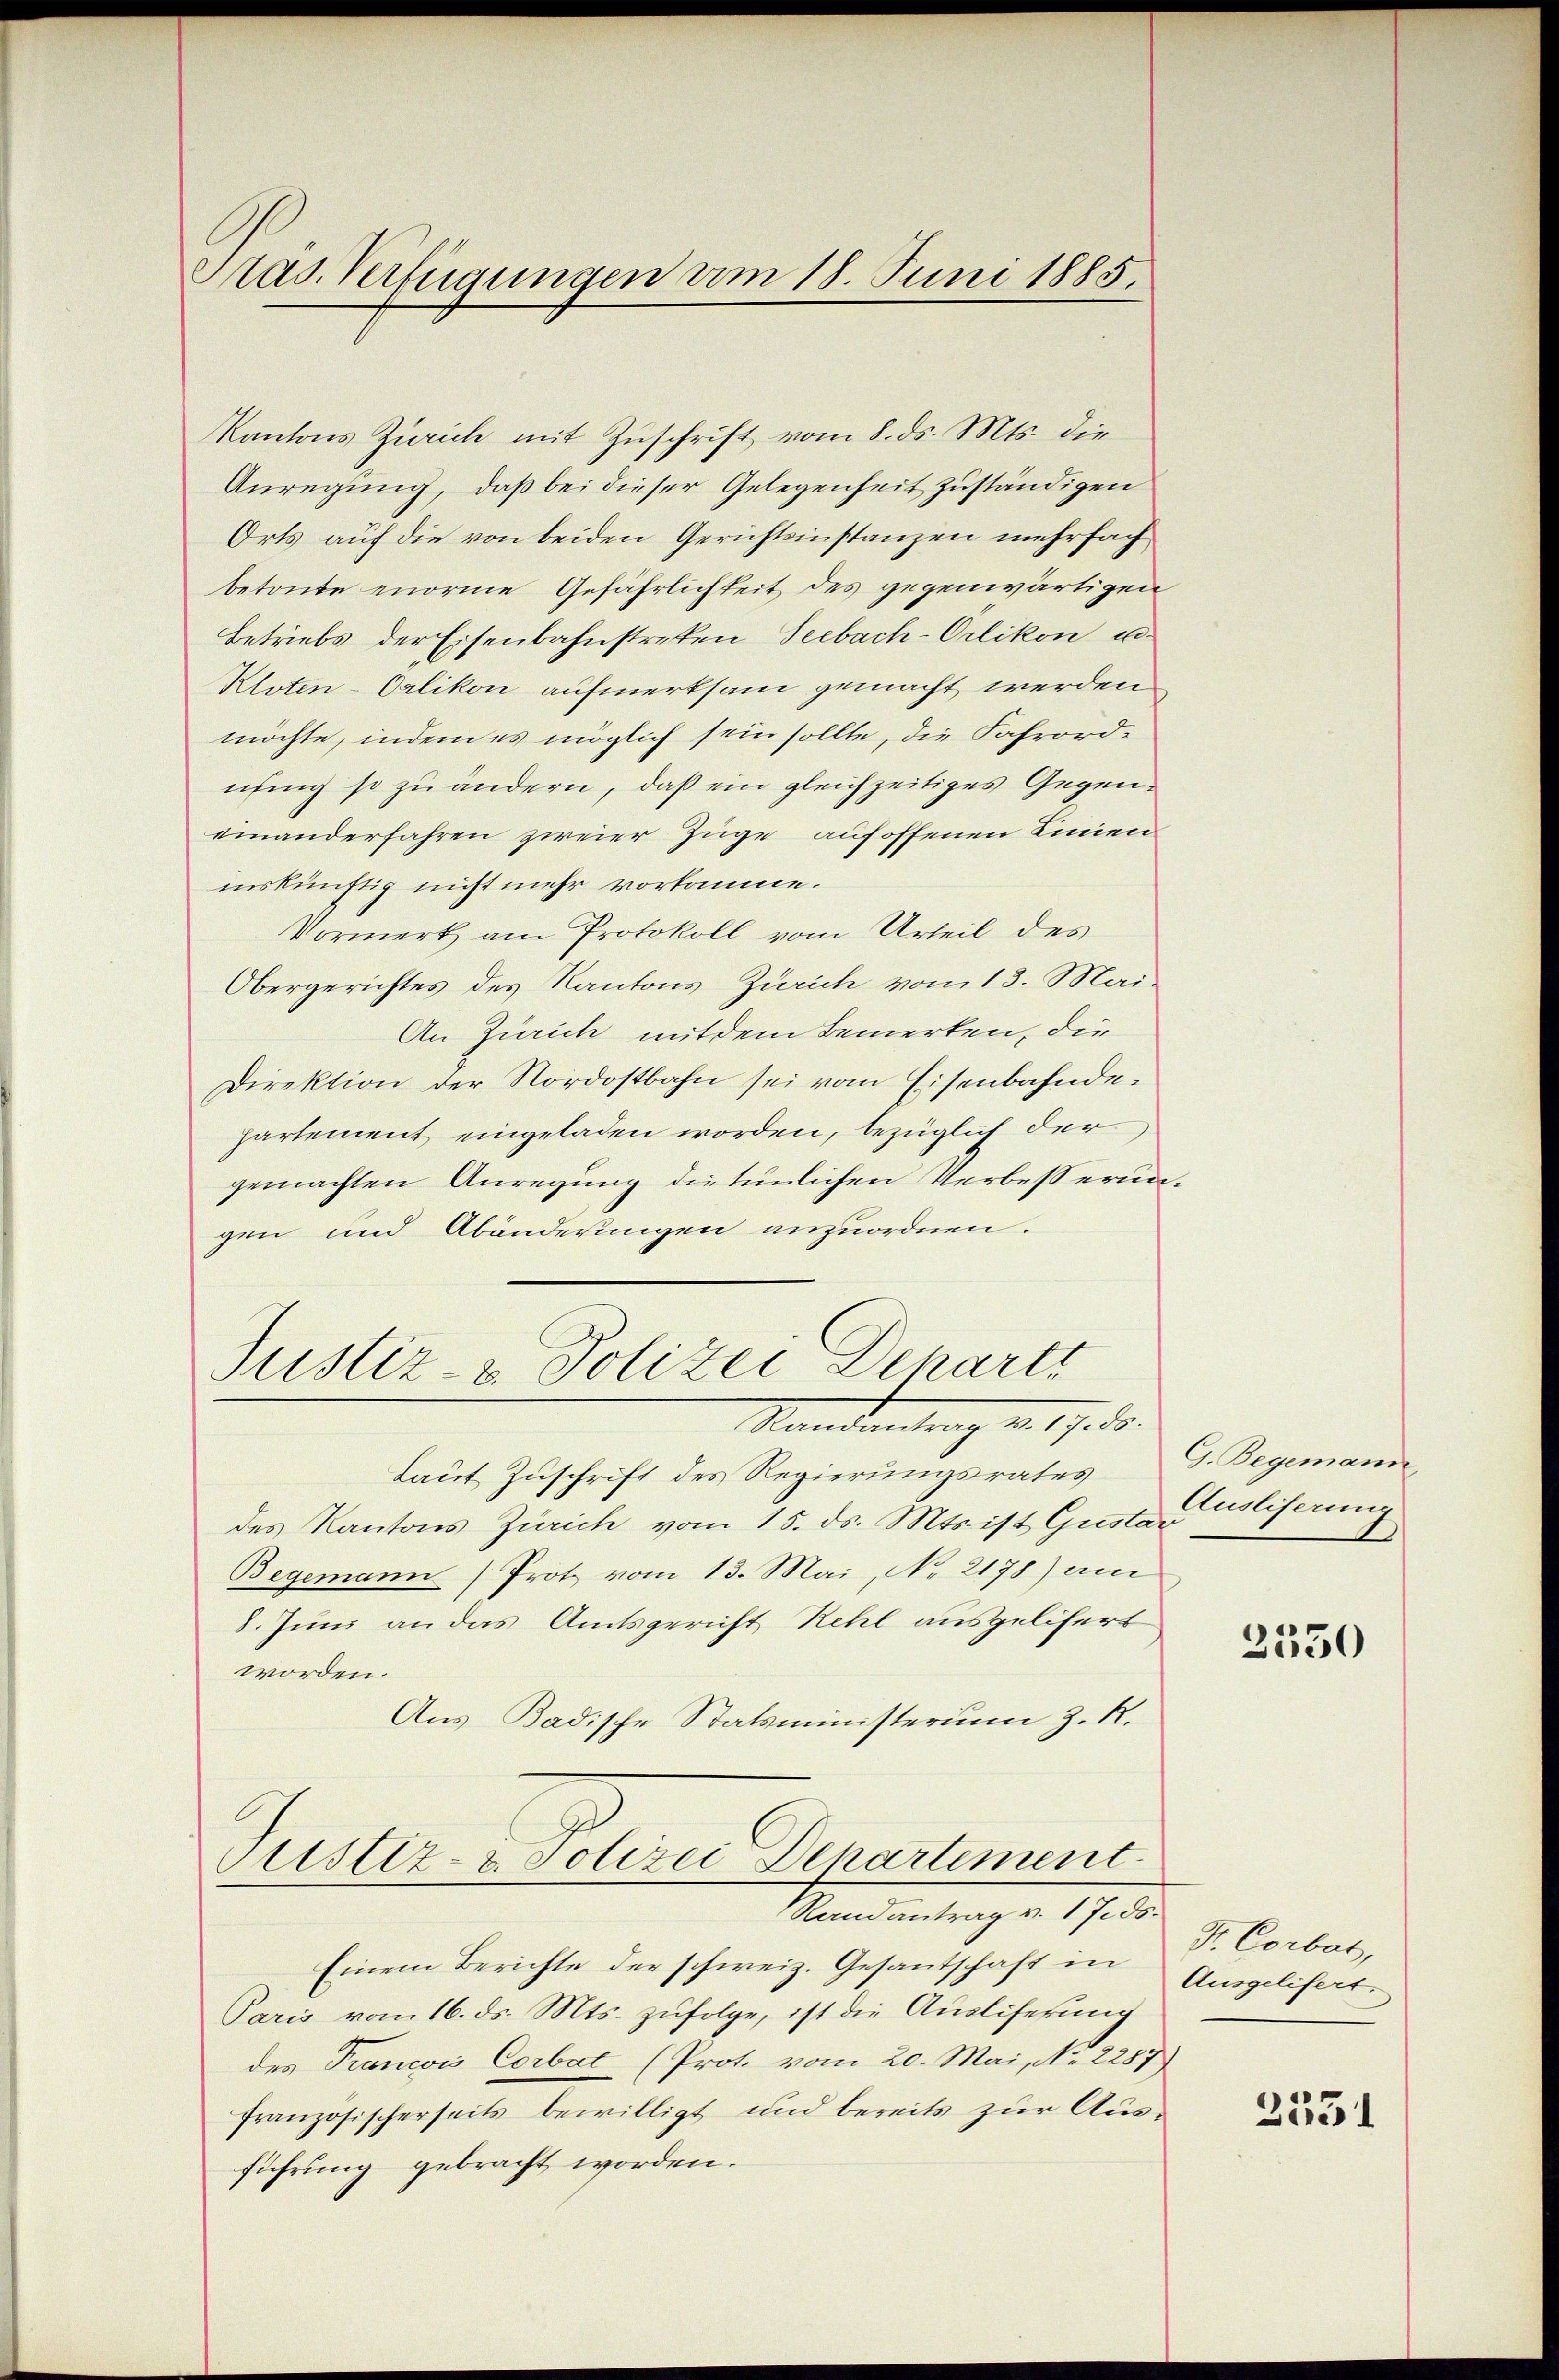
Aas Verfügungen am 18. Juni 1885.

Kantons Zürich mit Zuschrift vom 8. ds. Mts. die
Anregung, daß bei dieser Gelegenheit zuständigen
Orts auf die von beiden Gerichtsinstanzen mehrfach
betonte enorme Gefährlichkeit des gegenwärtigen
Betriebs der Eisenbahnstreten Seebach-Orlikon u
Kloten-Orlikon aufmerksam gemacht werden
möchte, indem es möglich sein sollte, die Fahrordnung so zu ändern, daß ein gleichzeitiges Gegeneinanderfahren zweier Züge aufoffenen Linien
inskünftig nicht mehr vorkomme.
Vormerk am Protokoll vom Urteil des
Obergerichtes des Kantons Zürich vom 13. Mai
An Zürich mit dem Bemerken, die
Direktion der Nordostbahn sei vom Eisenbahndehartement eingeladen worden, bezüglich der
gemachten Anregung die tümlichen Verbesserungen und Abänderungen anzuordnen.

Justiz- & Polizei Dehartt
Randantrag v. 17. 55.

Laut Zuschrift des Regierungsrates
des Kantons Zürich vom 15. ds. Mts. ist Gustar
Begemann Protz vom 13. Mai, No 2178) am
8. Juni an das Amtsgericht Rehl ausgelifert
worden.
Aus Badische Statsministerium z. R.
Justiz- & Polizei Departement
Randantrag v. 1 Jids¬
Einem Berichte der schweiz. Gesantschaft in
Paris vom 16. ds. Mts. zufolge, ist die Ausliferung
des Trancois Corbat (Prot. vom 20. Mai, No. 2287
französischerseits bewilligt und bereits zur Ausführung gebracht worden.

G. Begemann,
Ausliserung

2350

Dr. Corbas,
Ausgelifert.

2551